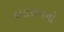
દયારામનો